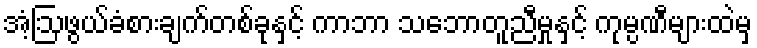
အံ့ဩဖွယ်ခံစားချက်တစ်ခုနှင့် ကာဘာ သဘောတူညီမှုနှင့် ကုမ္ပဏီများထဲမှ